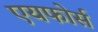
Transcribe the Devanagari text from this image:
एयफोर्स